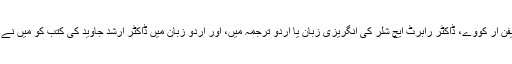
ڈیل کارنیگی، اسٹیفن آر کووے، ڈاکٹر رابرٹ ایچ شلر کی انگریزی زبان یا اردو ترجمہ میں، اور اردو زبان میں ڈاکٹر ارشد جاوید کی کتب کو میں نے بہت مفید پایا ہے۔